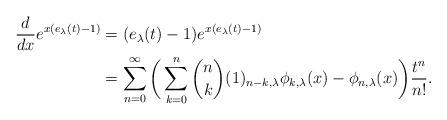
LaTeX: \begin{align*}\frac{d}{dx}e^{x(e_{\lambda}(t)-1)}&=(e_{\lambda}(t)-1)e^{x(e_{\lambda}(t)-1)} \\&=\sum_{n=0}^{\infty}\bigg(\sum_{k=0}^{n}\binom{n}{k}(1)_{n-k,\lambda}\phi_{k,\lambda}(x)-\phi_{n,\lambda}(x)\bigg)\frac{t^{n}}{n!}.\end{align*}